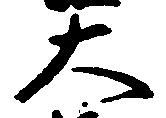
大